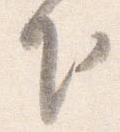
下